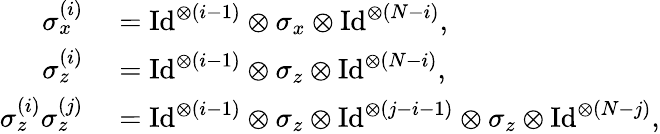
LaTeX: \begin{array}{rl}{\sigma_{x}^{(i)}}&{{}=\mathrm{Id}^{\otimes(i-1)}\otimes\sigma_{x}\otimes\mathrm{Id}^{\otimes(N-i)},}\\ {\sigma_{z}^{(i)}}&{{}=\mathrm{Id}^{\otimes(i-1)}\otimes\sigma_{z}\otimes\mathrm{Id}^{\otimes(N-i)},}\\ {\sigma_{z}^{(i)}\sigma_{z}^{(j)}}&{{}=\mathrm{Id}^{\otimes(i-1)}\otimes\sigma_{z}\otimes\mathrm{Id}^{\otimes(j-i-1)}\otimes\sigma_{z}\otimes\mathrm{Id}^{\otimes(N-j)},}\end{array}